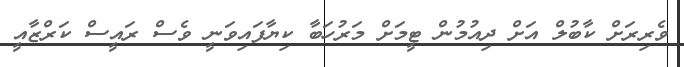
ވެރިރަށް ކާބުލް އަށް ދިއުމުން ޓީމަށް މަރުހަބާ ކިޔާފައިވަނީ ވެސް ރައީސް ކަރްޒާއީ